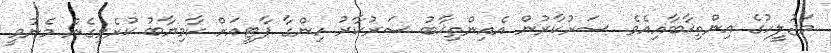
މަޖުލީހުގެ އިންތިޚާބާއިއެވެ. ސަރުކާރުން އެއިންތިޚާބު ސަރުކާރު ހިންގާ ޕާޓީއަށް ކާމިޔާބު ކުރެވިގެން މެނުވީ